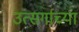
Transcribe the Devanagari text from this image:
उत्सर्गाच्या